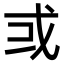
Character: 𢦘